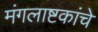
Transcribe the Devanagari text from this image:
मंगलाष्टकांचे